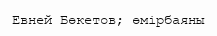
Евней Бөкетов; өмірбаяны